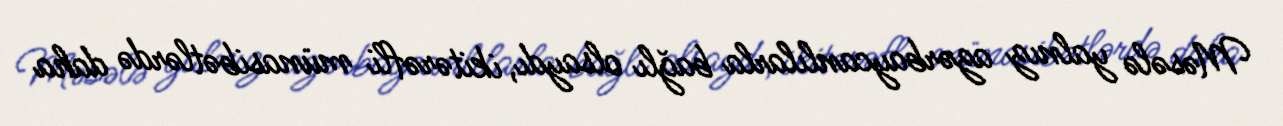
Məsələ yalnız azərbaycanlılarla bağlı olsaydı, ikitərəfli münasibətlərdə daha